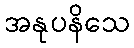
အနုပနိသေ